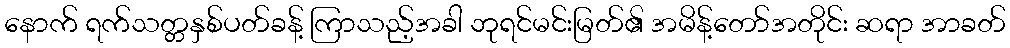
နောက် ရက်သတ္တနှစ်ပတ်ခန့် ကြာသည့်အခါ ဘုရင်မင်းမြတ်၏ အမိန့်တော်အတိုင်း ဆရာ အာခတ်